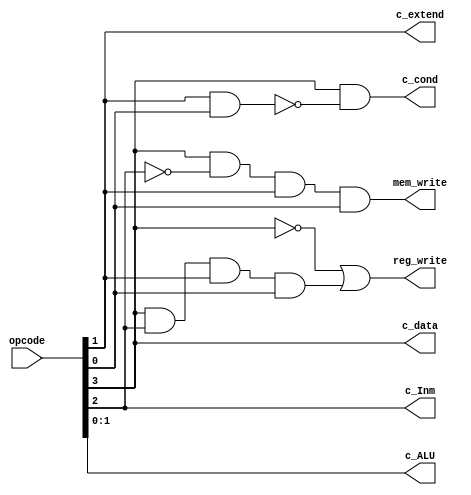
module Decoder(
  input [3:0] opcode,
  output [1:0] c_ALU,
  output c_Inm, c_extend, c_cond, reg_write, mem_write, c_data
);
  wire [1:0] c_ALU;
  wire c_Inm, c_extend, c_cond, reg_write, mem_write, c_data;
  
  assign c_ALU = opcode[1:0];							//operación de la alu
  assign c_Inm = opcode[2];								//condición de cargar inmediato
  assign c_extend = opcode[1] & opcode[1];				//condición de extension de signo
  assign c_cond = opcode[3] & !(opcode[1] & opcode[0]); //condición de jump
  assign reg_write = !opcode[3] | (opcode[3]&opcode[2]&opcode[1]&opcode[0]);	
  assign mem_write = opcode[3]&!opcode[2]&opcode[1]&opcode[0];
  assign c_data = (opcode[3]);							// alu o memoria
  
endmodule